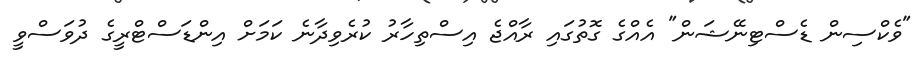
"ވެކްސިން ޑެސްޓިނޭޝަން" އެއްގެ ގޮތުގައި ރާއްޖެ އިސްތިހާރު ކުރެވިދާނެ ކަމަށް އިންޑަސްޓްރީގެ ދުވަސްވީ